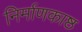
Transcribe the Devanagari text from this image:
निर्माणकाष्ठ